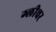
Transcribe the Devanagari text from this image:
ग्लीचर